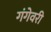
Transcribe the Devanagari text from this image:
गंगेवरी